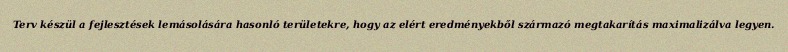
Terv készül a fejlesztések lemásolására hasonló területekre, hogy az elért eredményekből származó megtakarítás maximalizálva legyen.